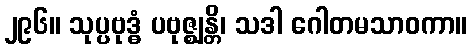
၂၉၆။ သုပ္ပဗုဒ္ဓံ ပဗုဇ္ဈန္တိ၊ သဒါ ဂေါတမသာဝကာ။